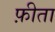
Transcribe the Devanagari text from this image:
फ़ीता